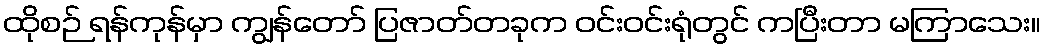
ထိုစဉ် ရန်ကုန်မှာ ကျွန်တော် ပြဇာတ်တခုက ဝင်းဝင်းရုံတွင် ကပြီးတာ မကြာသေး။